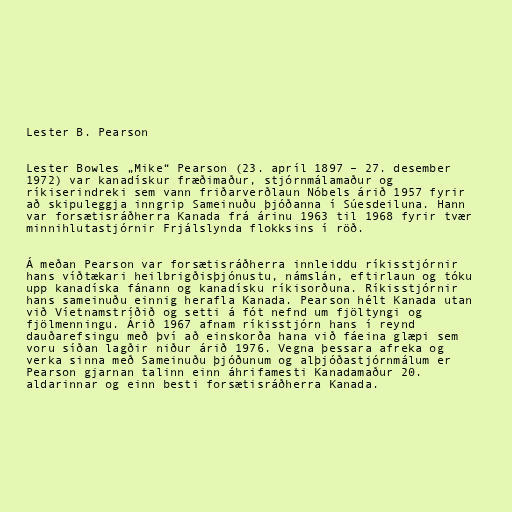
Lester B. Pearson

Lester Bowles „Mike“ Pearson (23. apríl 1897 – 27. desember
1972) var kanadískur fræðimaður, stjórnmálamaður og
ríkiserindreki sem vann friðarverðlaun Nóbels árið 1957 fyrir
að skipuleggja inngrip Sameinuðu þjóðanna í Súesdeiluna. Hann
var forsætisráðherra Kanada frá árinu 1963 til 1968 fyrir tvær
minnihlutastjórnir Frjálslynda flokksins í röð.

Á meðan Pearson var forsætisráðherra innleiddu ríkisstjórnir
hans víðtækari heilbrigðisþjónustu, námslán, eftirlaun og tóku
upp kanadíska fánann og kanadísku ríkisorðuna. Ríkisstjórnir
hans sameinuðu einnig herafla Kanada. Pearson hélt Kanada utan
við Víetnamstríðið og setti á fót nefnd um fjöltyngi og
fjölmenningu. Árið 1967 afnam ríkisstjórn hans í reynd
dauðarefsingu með því að einskorða hana við fáeina glæpi sem
voru síðan lagðir niður árið 1976. Vegna þessara afreka og
verka sinna með Sameinuðu þjóðunum og alþjóðastjórnmálum er
Pearson gjarnan talinn einn áhrifamesti Kanadamaður 20.
aldarinnar og einn besti forsætisráðherra Kanada.